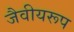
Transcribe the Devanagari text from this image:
जैवीयरूप